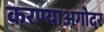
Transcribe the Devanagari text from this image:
करण्याअगोदर